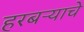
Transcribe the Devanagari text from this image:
हरबऱ्याचे